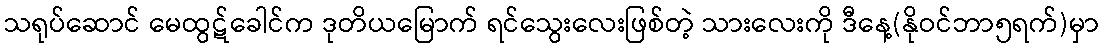
သရုပ်ဆောင် မေထွဋ်ခေါင်က ဒုတိယမြောက် ရင်သွေးလေးဖြစ်တဲ့ သားလေးကို ဒီနေ့(နိုဝင်ဘာ၅ရက်)မှာ